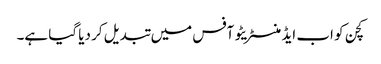
کچن کو اب ایڈمنسٹریٹو آفس میں تبدیل کر دیا گیا ہے۔